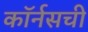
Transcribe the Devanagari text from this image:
कॉर्नसची